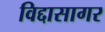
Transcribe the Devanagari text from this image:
विद्दासागर